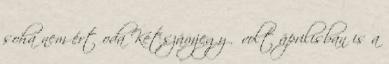
soha nem ért oda Kétszámjegyű volt áprilisban is a